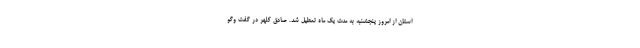
استان از امروز پنجشنبه به مدت یک ماه تعطیل شد. صادق کلهر در گفت وگو